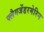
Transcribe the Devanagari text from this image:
फ्लैगजेंडरमेरिन